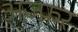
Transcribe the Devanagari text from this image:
अज़्फ़र